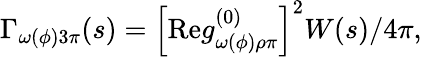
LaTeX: \Gamma_{\omega(\phi)3\pi}(s)=\left[\mathrm{Re}g_{\omega(\phi)\rho\pi}^{(0)}\right]^{2}W(s)/4\pi,